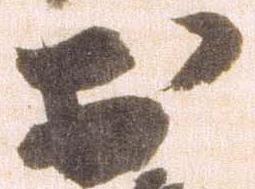
於